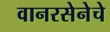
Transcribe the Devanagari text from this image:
वानरसेनेचे